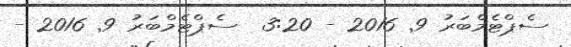
ސެޕްޓެމްބަރު 9